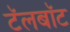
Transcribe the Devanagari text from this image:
टॅलबॉट